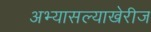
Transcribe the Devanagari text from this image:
अभ्यासल्याखेरीज